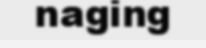
naging